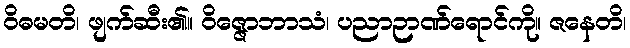
ဝိဓမတိ၊ ဖျက်ဆီး၏။ ဝိဇ္ဇောဘာသံ၊ ပညာဉာဏ်ရောင်ကို။ ဇနေတိ၊